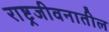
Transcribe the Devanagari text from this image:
राष्ट्रजीवनातील